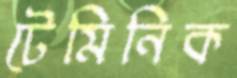
টেমিনিক